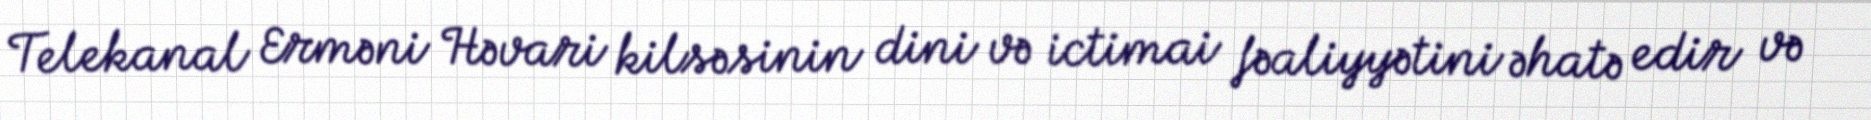
Telekanal Erməni Həvari kilsəsinin dini və ictimai fəaliyyətini əhatə edir və